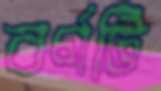
বর্ণটি